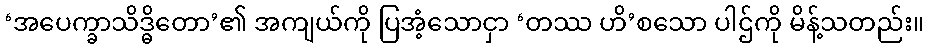
‘အပေက္ခာသိဒ္ဓိတော’၏ အကျယ်ကို ပြအံ့သောငှာ ‘တဿ ဟိ’စသော ပါဌ်ကို မိန့်သတည်း။